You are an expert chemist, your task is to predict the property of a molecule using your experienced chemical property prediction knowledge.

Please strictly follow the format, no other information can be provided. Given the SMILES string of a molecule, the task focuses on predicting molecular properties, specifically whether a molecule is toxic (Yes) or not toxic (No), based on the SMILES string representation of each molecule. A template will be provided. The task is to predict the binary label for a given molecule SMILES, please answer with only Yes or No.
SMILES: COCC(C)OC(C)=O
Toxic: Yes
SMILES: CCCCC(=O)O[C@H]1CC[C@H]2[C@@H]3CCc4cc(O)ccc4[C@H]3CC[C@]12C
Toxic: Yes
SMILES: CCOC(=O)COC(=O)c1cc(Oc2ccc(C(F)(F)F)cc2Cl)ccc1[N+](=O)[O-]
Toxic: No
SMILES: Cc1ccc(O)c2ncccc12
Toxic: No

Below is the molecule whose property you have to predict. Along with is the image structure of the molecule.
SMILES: O=C1O[C@H]([C@@H](O)CO)C([O-])=C1O.O=C1O[C@H]([C@@H](O)CO)C([O-])=C1O
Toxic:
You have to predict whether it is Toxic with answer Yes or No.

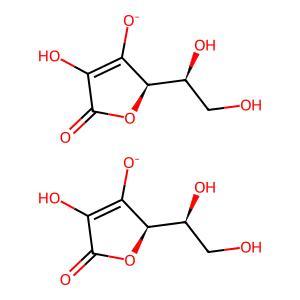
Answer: No